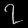
Digit: ၇